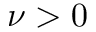
\nu > 0